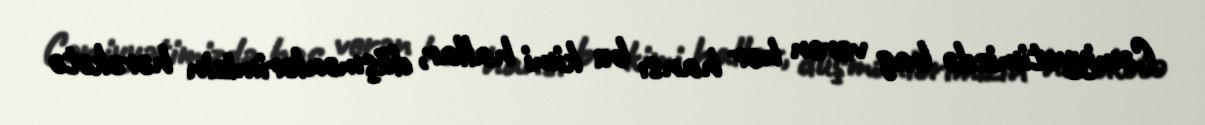
Cəmiyyətimizdə baş verən hər hansı bu kimi hallar, düşmənlərimizin hərəkətə